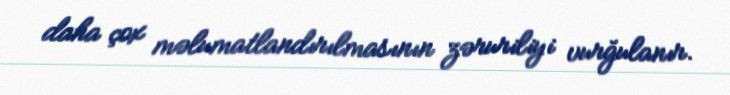
daha çox məlumatlandırılmasının zəruriliyi vurğulanır.